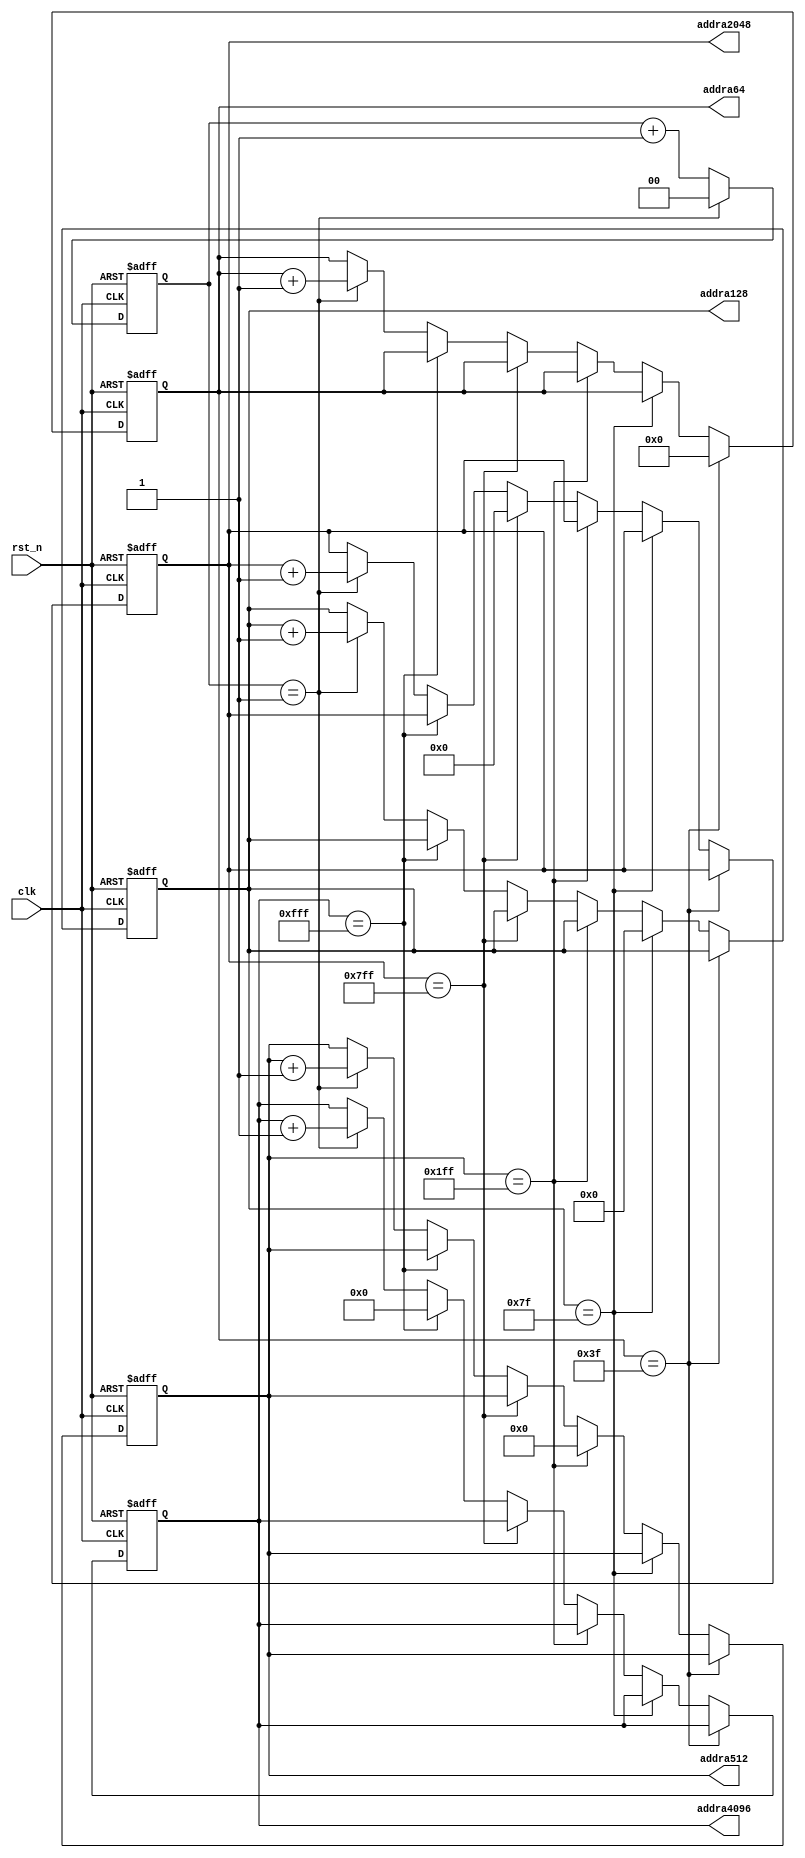
`timescale 1ns / 1ps
//////////////////////////////////////////////////////////////////////////////////
// Company: 
// Engineer: 
// 
// Design Name: 
// Module Name:    rom_ctr 
// Project Name: 
// Target Devices: 
// Tool versions: 
// Description: 
//
// Dependencies: 
//
// Revision: 
// Revision 0.01 - File Created
// Additional Comments: 
//
//////////////////////////////////////////////////////////////////////////////////
module rom_ctr(
    input clk,
    input rst_n,
    output reg[5 : 0] addra64,
    output reg[6 : 0] addra128,
    output reg[8 : 0] addra512,
    output reg[10 : 0] addra2048,
    output reg[11 : 0] addra4096
    );
	 
	 
	 
reg[1:0] cnt;
//----------------//
always@(posedge clk or negedge rst_n)
begin
     if(rst_n == 0)
	  cnt <= 0;
	  else if (cnt == 2'd1)
	  cnt <= 0;
	  else
	  cnt <= cnt + 1;	  
end




always@(posedge clk or negedge rst_n)
begin
     if(rst_n == 0)
     begin
        addra64   <= 0;
        addra128  <= 0;
	  addra512  <= 0;
	  addra2048 <= 0;
	  addra4096 <= 0;
     end
        else if(addra64 == 6'd63)
	  addra64 <= 0;
        else if(addra128 == 7'd127)
	  addra128 <= 0;
	  else if(addra512 == 9'd511)
	  addra512 <= 0;
	  else if(addra2048 == 11'd2047)
	  addra2048 <= 0;
	  else if(addra4096 == 12'd4095)
	  addra4096 <= 0;
	   else if (cnt == 2'd1)
	  begin
	  addra64   <= addra64 + 1;
	  addra128  <= addra128 + 1;
	  addra512  <= addra512 + 1; 
	  addra2048 <= addra2048 + 1;
	  addra4096 <= addra4096 + 1;
	  end
	  else
	  begin
	  addra64   <= addra64;
	  addra128  <= addra128;
	  addra512  <= addra512 ;
	  addra2048 <= addra2048 ;
	  addra4096 <= addra4096 ;
	  end
end

endmodule